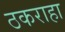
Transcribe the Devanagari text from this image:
ठकराहा